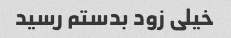
خیلی زود بدستم رسید